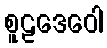
စူဠဒေဝေါ